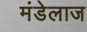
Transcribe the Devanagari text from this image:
मंडेलाज